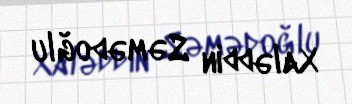
Xaləddin Səmədoğlu